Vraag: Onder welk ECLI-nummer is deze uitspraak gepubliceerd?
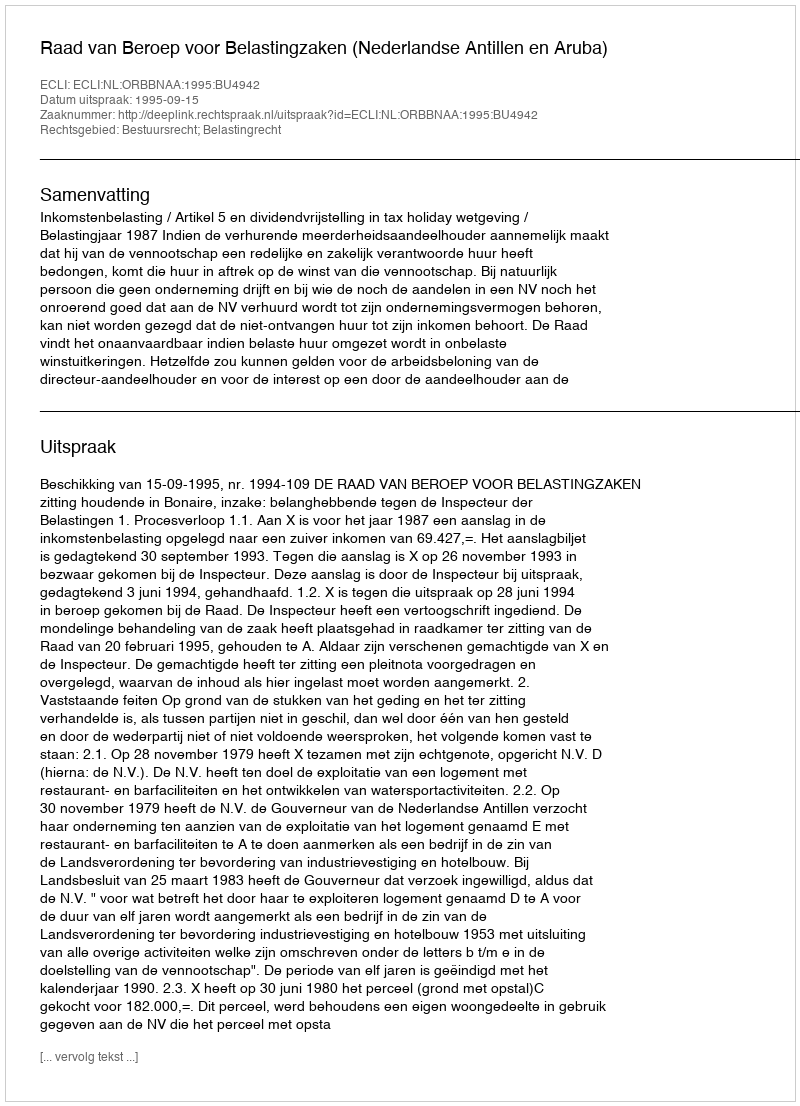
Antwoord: ECLI:NL:ORBBNAA:1995:BU4942